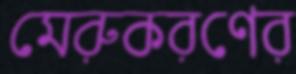
মেরুকরণের